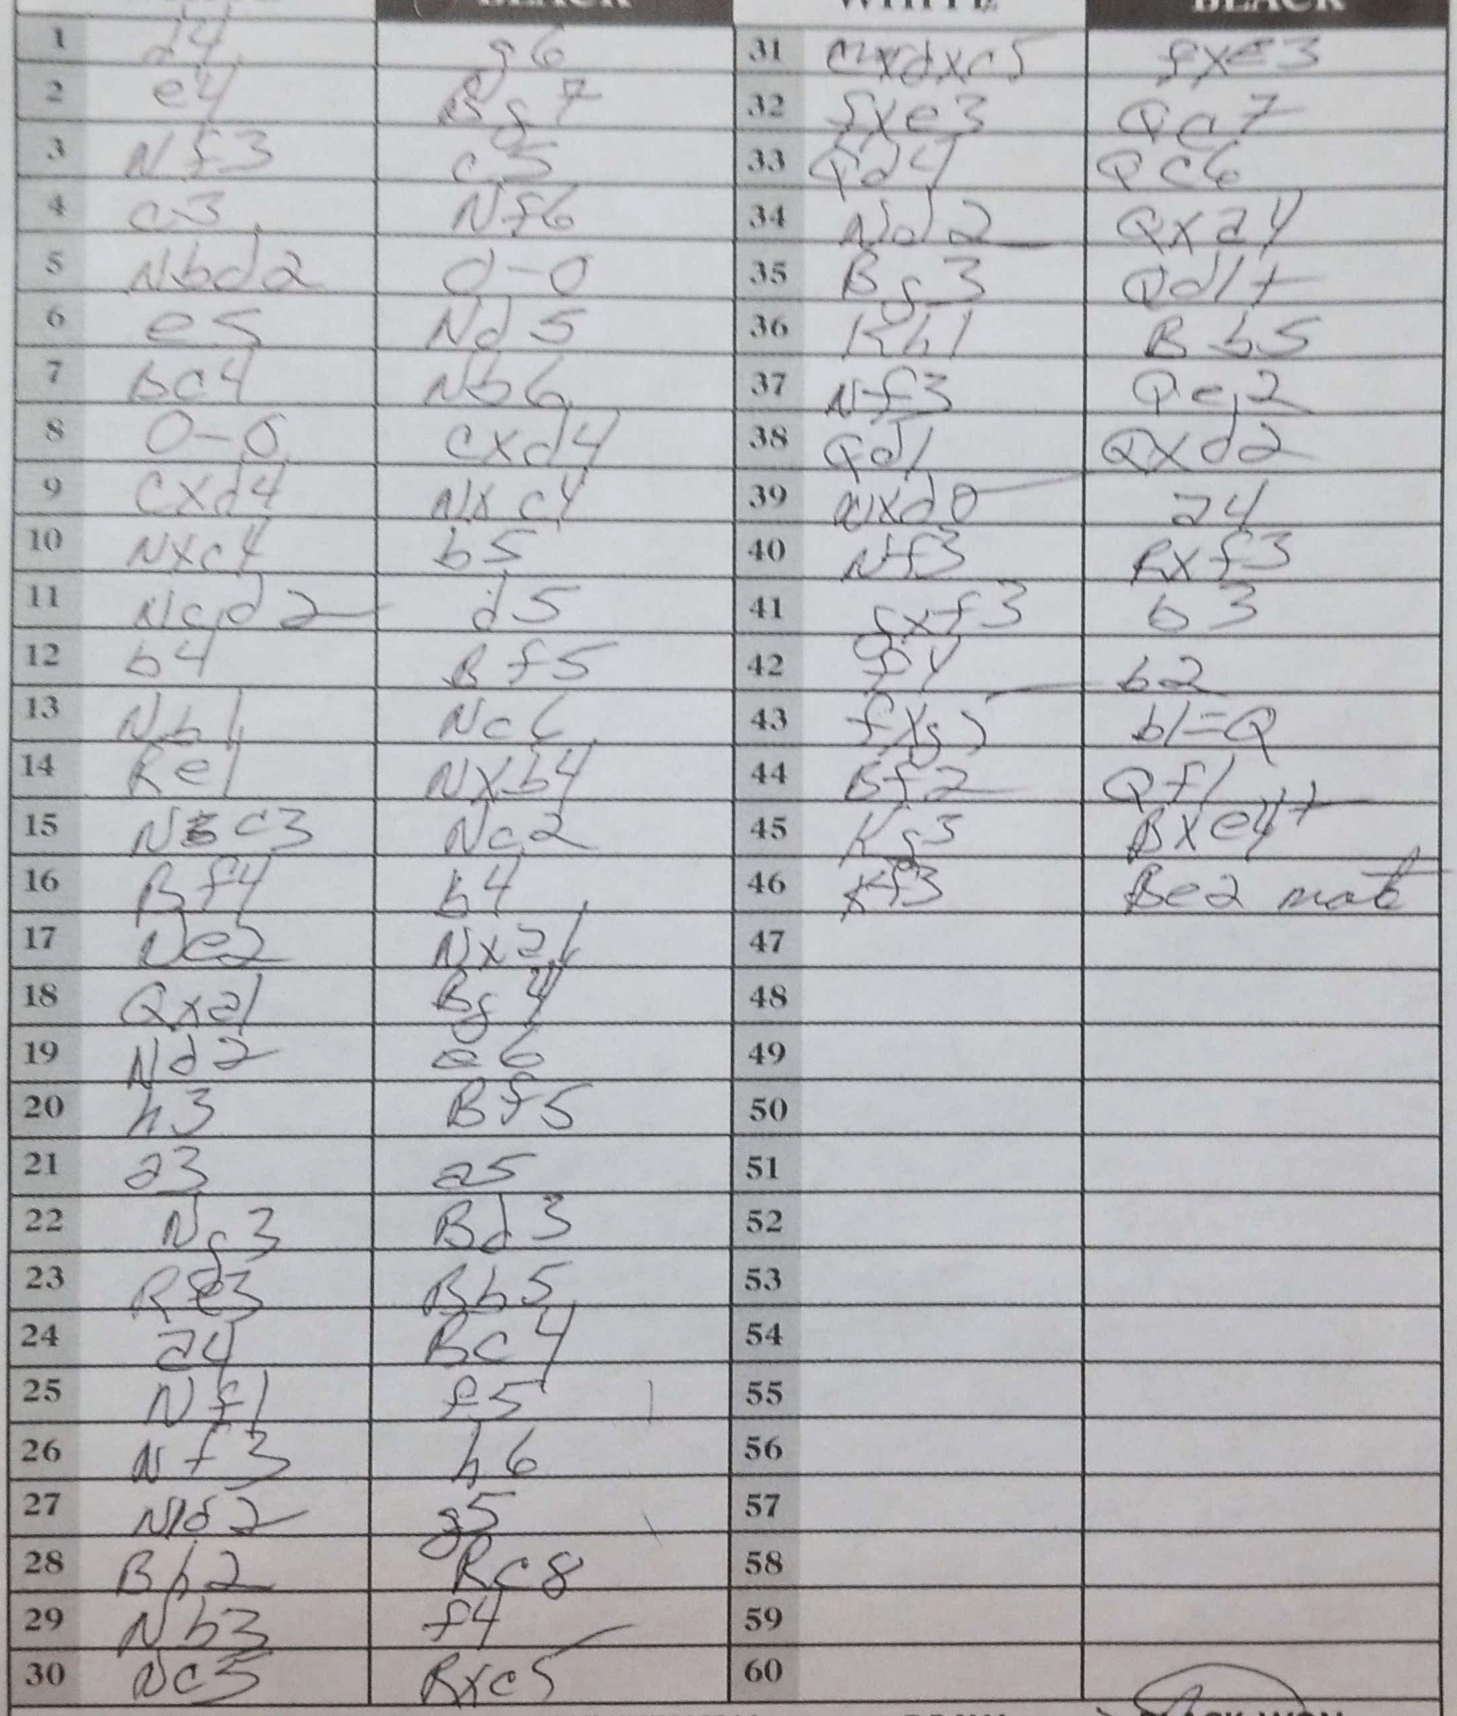
Moves: d4 g6 e4 Bg7 Nf3 c5 c3 Nf6 Nbd2 O-O e5 Nd5 Bc4 Nb6 O-O cxd4 cxd4 Nxc4 Nxc4 b5 Ncd2 d5 b4 Bf5 Nb1 Nc6 Re1 Nxb4 Nc3 Nc2 Bf4 b4 Ne2 Nxa1 Qxa1 Bg4 Nd2 e6 h3 Bf5 a3 a5 Ng3 Bd3 Re3 Bb5 a4 Bc4 Nf1 f5 Nf3 h6 Nd2 g5 Bh2 Rc8 Nb3 f4 Nc5 Rxc5 dxc5 fxe3 fxe3 Qc7 Qd4 Qc6 Nd2 Qxa4 Bg3 Qd1+ Kh1 Bb5 Nf3 Qe2 Qd1 Qxd2 Nxd6 a4 Nf3 Rxf3 gxf3 b3 f4 b2 fxg5 b1=Q Bf2 Qf1 Kg3 Bxe4+ Kf3 Be2